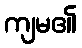
ကျမ၏